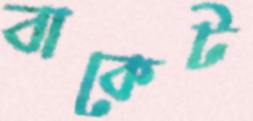
বাকেট